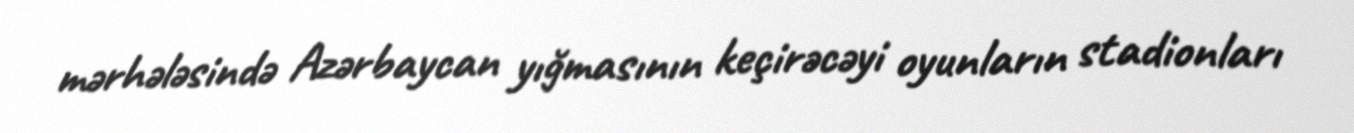
mərhələsində Azərbaycan yığmasının keçirəcəyi oyunların stadionları